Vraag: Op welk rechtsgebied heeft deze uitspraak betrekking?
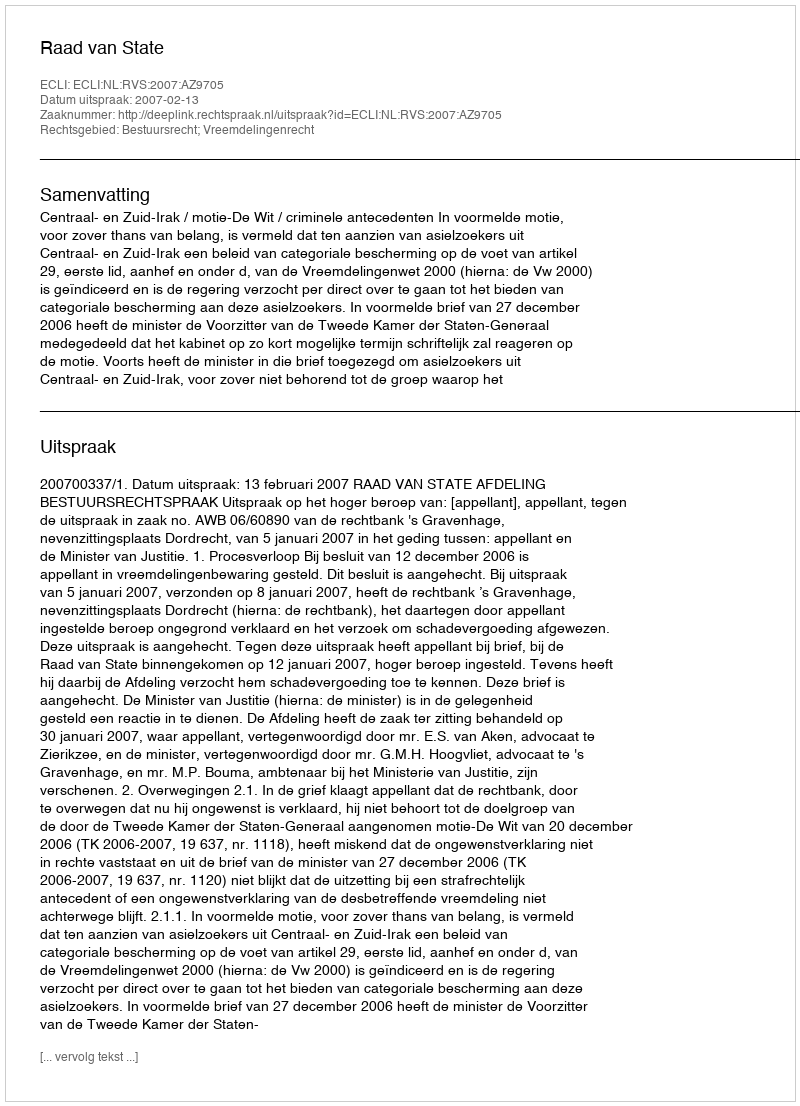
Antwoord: Bestuursrecht; Vreemdelingenrecht